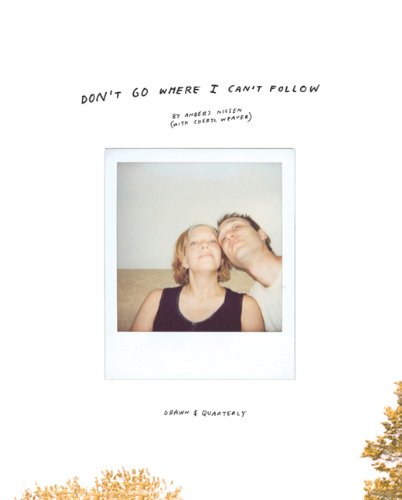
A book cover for Don't Go Where I Can't Follow; Anders Nilsen; Comics & Graphic Novels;